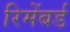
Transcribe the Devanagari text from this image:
रिमेंबर्ड